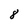
Character: 8